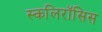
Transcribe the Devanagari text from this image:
स्कलिरॉसिस